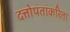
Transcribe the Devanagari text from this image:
दत्तोपंतांकरिता